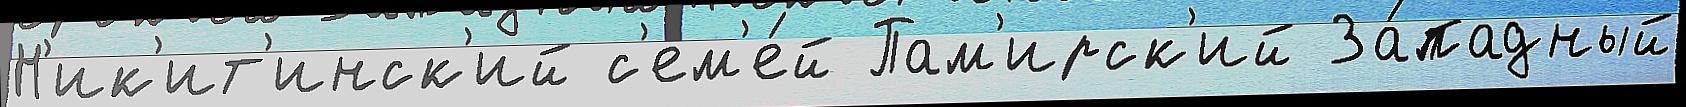
Н'ик'ит'инск'ий с'ем'е́й Пам'ирск'ий За́падный